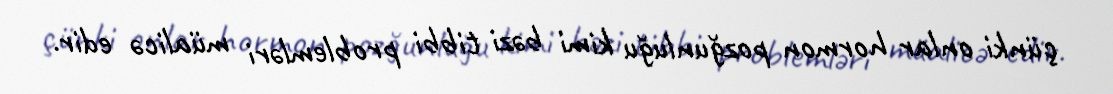
çünki onlar hormon pozğunluğu kimi bəzi tibbi problemləri müalicə edir.